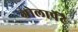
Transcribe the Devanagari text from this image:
जोलार्पेटै